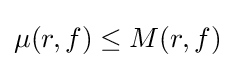
\mu (r,f)\leq M(r,f)